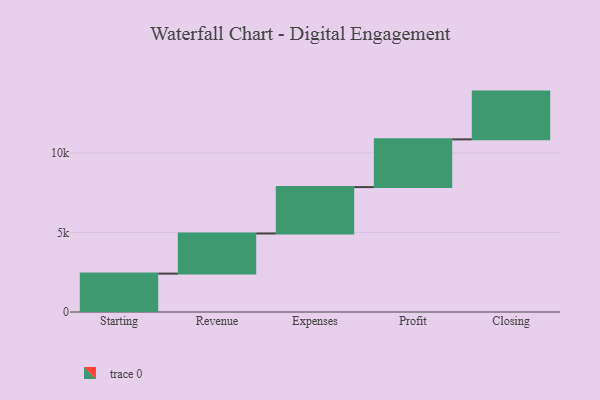
{"axis": {"x": "Step", "y": "Value"}, "legend": [""], "data": [{"x": "Starting", "y": 2411.0, "type": ""}, {"x": "Revenue", "y": 2522.0, "type": ""}, {"x": "Expenses", "y": 2914.0, "type": ""}, {"x": "Profit", "y": 3000, "type": ""}, {"x": "Closing", "y": 3000, "type": ""}]}